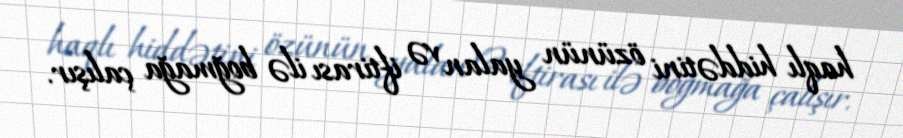
haqlı hiddətini özünün yalan və iftirası ilə boğmağa çalışır.